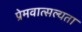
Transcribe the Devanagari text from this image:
प्रेमवात्सल्यता